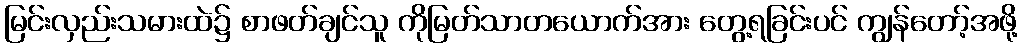
မြင်းလှည်းသမားထဲ၌ စာဖတ်ချင်သူ ကိုမြတ်သာတယောက်အား တွေ့ရခြင်းပင် ကျွန်တော့်အဖို့